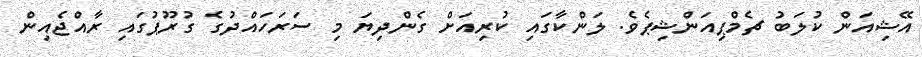
އޭޝިއަން ކުލަބު ޗެމްޕިއަންޝިޕެވެ. ލަންކާގައި ކުރިއަށް ގެންދިޔަ މި ސަރަހައްދުގެ ގުރޫޕުގައި ރާއްޖެއިން